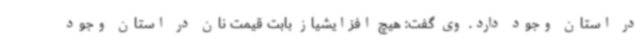
در استان وجود دارد. وی گفت: هیچ افزایشیاز بابت قیمت نان در استان وجود